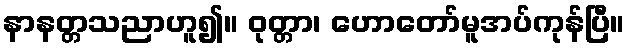
နာနတ္တသညာဟူ၍။ ဝုတ္တာ၊ ဟောတော်မူအပ်ကုန်ပြီ။